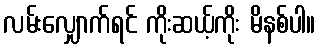
လမ်းလျှောက်ရင် ကိုးဆယ့်ကိုး မိနစ်ပါ။